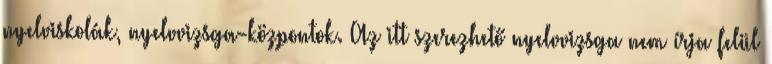
nyelviskolák, nyelvvizsga-központok. Az itt szerezhető nyelvvizsga nem írja felül